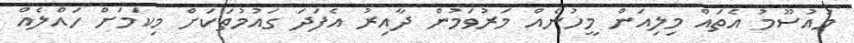
މައުސޫމު އެތައް މިލިއަން މީހުނެއް މަރުވަމުން ދާއިރު އެފަދަ ގައުމުތަކަށް މިކަމަށް ހައްލެއް